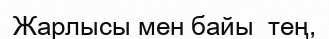
Жарлысы мен байы  тең,